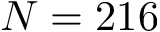
N = 2 1 6